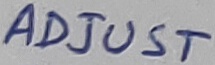
Text: ADJUST